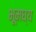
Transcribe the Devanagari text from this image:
भूमघ्य